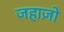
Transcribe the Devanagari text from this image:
जहाज़ो